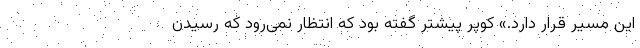
این مسیر قرار دارد.» کوپر پیشتر گفته بود که انتظار نمی‌رود که رسیدن